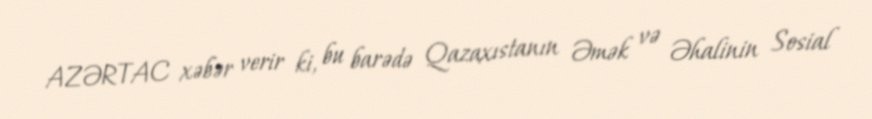
AZƏRTAC xəbər verir ki, bu barədə Qazaxıstanın Əmək və Əhalinin Sosial